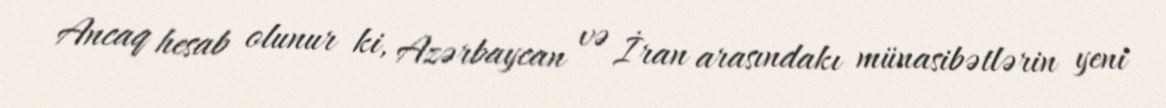
Ancaq hesab olunur ki, Azərbaycan və İran arasındakı münasibətlərin yeni